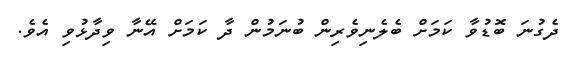
ދެގުނަ ބޮޑުވާ ކަމަށް ބެލެނިވެރިން ބުނަމުން ދާ ކަމަށް އޭނާ ވިދާޅުވި އެވެ.